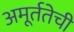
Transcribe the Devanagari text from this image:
अमूर्ततेची